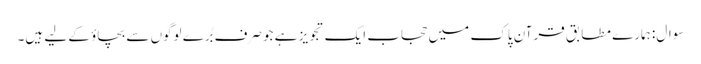
سوال: ہمارے مطابق قرآن پاک میں حجاب ایک تجویز ہے جو صرف بُرے لوگوں سے بچاؤ کے لیے ہیں۔